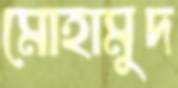
মোহামুদ